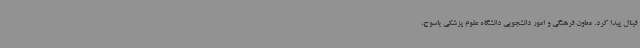
فینال پیدا کرد. معاون فرهنگی و امور دانشجویی دانشگاه علوم پزشکی یاسوج،